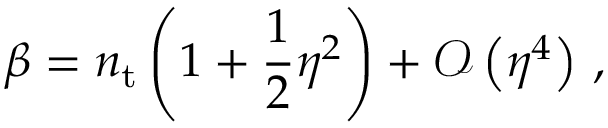
\beta = n _ { \mathrm { t } } \left( 1 + \frac { 1 } { 2 } \eta ^ { 2 } \right) + \mathcal { O } \left( \eta ^ { 4 } \right) \, ,